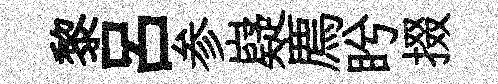
黎呂参嶷廌盻掇